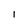
Character: l